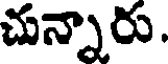
చున్నారు.